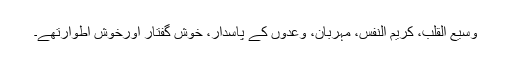
وسیع القلب، کریم النفس، مہربان، وعدوں کے پاسدار، خوش گفتار اورخوش اطوارتھے۔